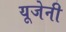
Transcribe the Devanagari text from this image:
यूजेनी